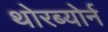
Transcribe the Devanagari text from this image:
थोरब्योर्न